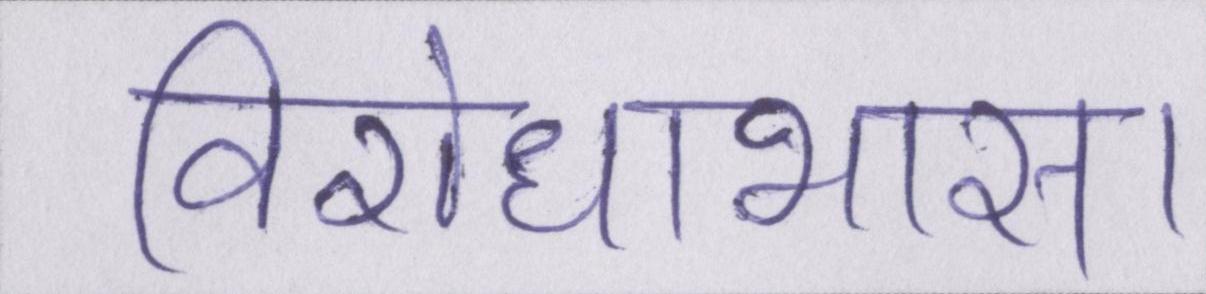
विरोधाभास।